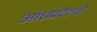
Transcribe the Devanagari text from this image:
आंध्रप्रदेशची